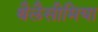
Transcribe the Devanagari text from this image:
थैलैसीमिया